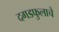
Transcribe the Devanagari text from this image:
दगडफुलाचे